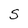
Character: S